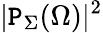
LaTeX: |\mathtt{P}_{\Sigma}(\Omega)|^{2}